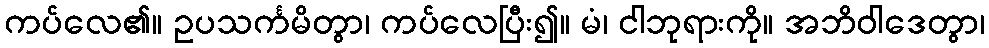
ကပ်လေ၏။ ဥပသင်္ကမိတွာ၊ ကပ်လေပြီး၍။ မံ၊ ငါဘုရားကို။ အဘိဝါဒေတွာ၊